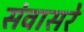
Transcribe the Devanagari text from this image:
संवासरे